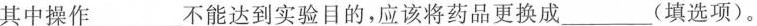
其中操作___不能达到实验目的，应该将药品更换成___(填选项)。